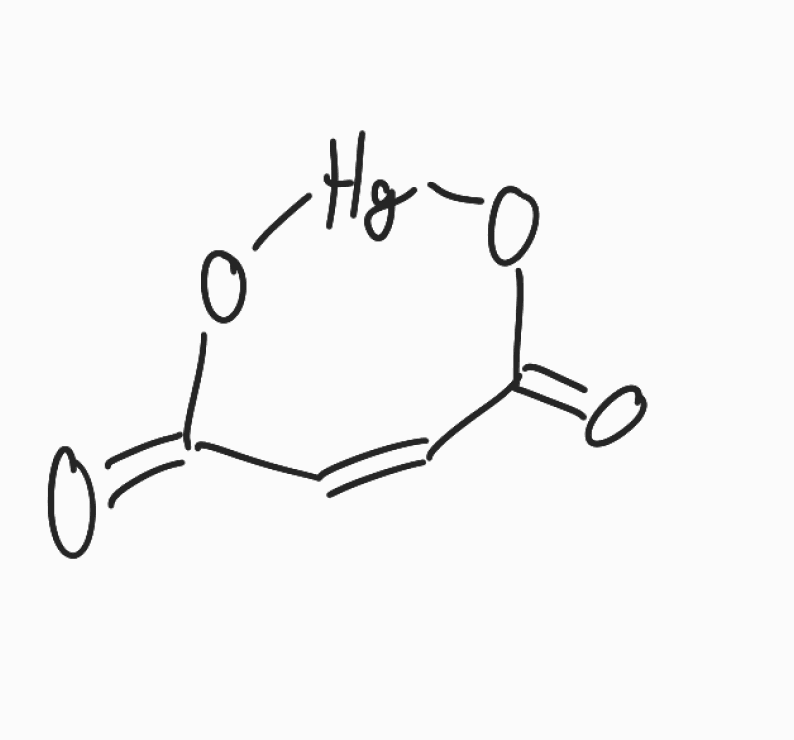
Simplified molecular-input line-entry system (SMILES) notation of the given molecule:
C1=CC(=O)O[Hg]OC1=O